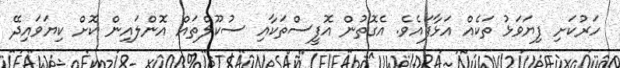
ހަރުކަށި ފިޔަވަޅު ތަކެއް އަޅާފައެވެ. އެގޮތުން އޮފީސްތަކާއި ސުކޫލްތައް އޮންލައިން ކޮށް ކިޔަވައިދޭ